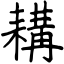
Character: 耩